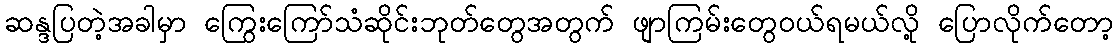
ဆန္ဒပြတဲ့အခါမှာ ကြွေးကြော်သံဆိုင်းဘုတ်တွေအတွက် ဖျာကြမ်းတွေဝယ်ရမယ်လို့ ပြောလိုက်တော့